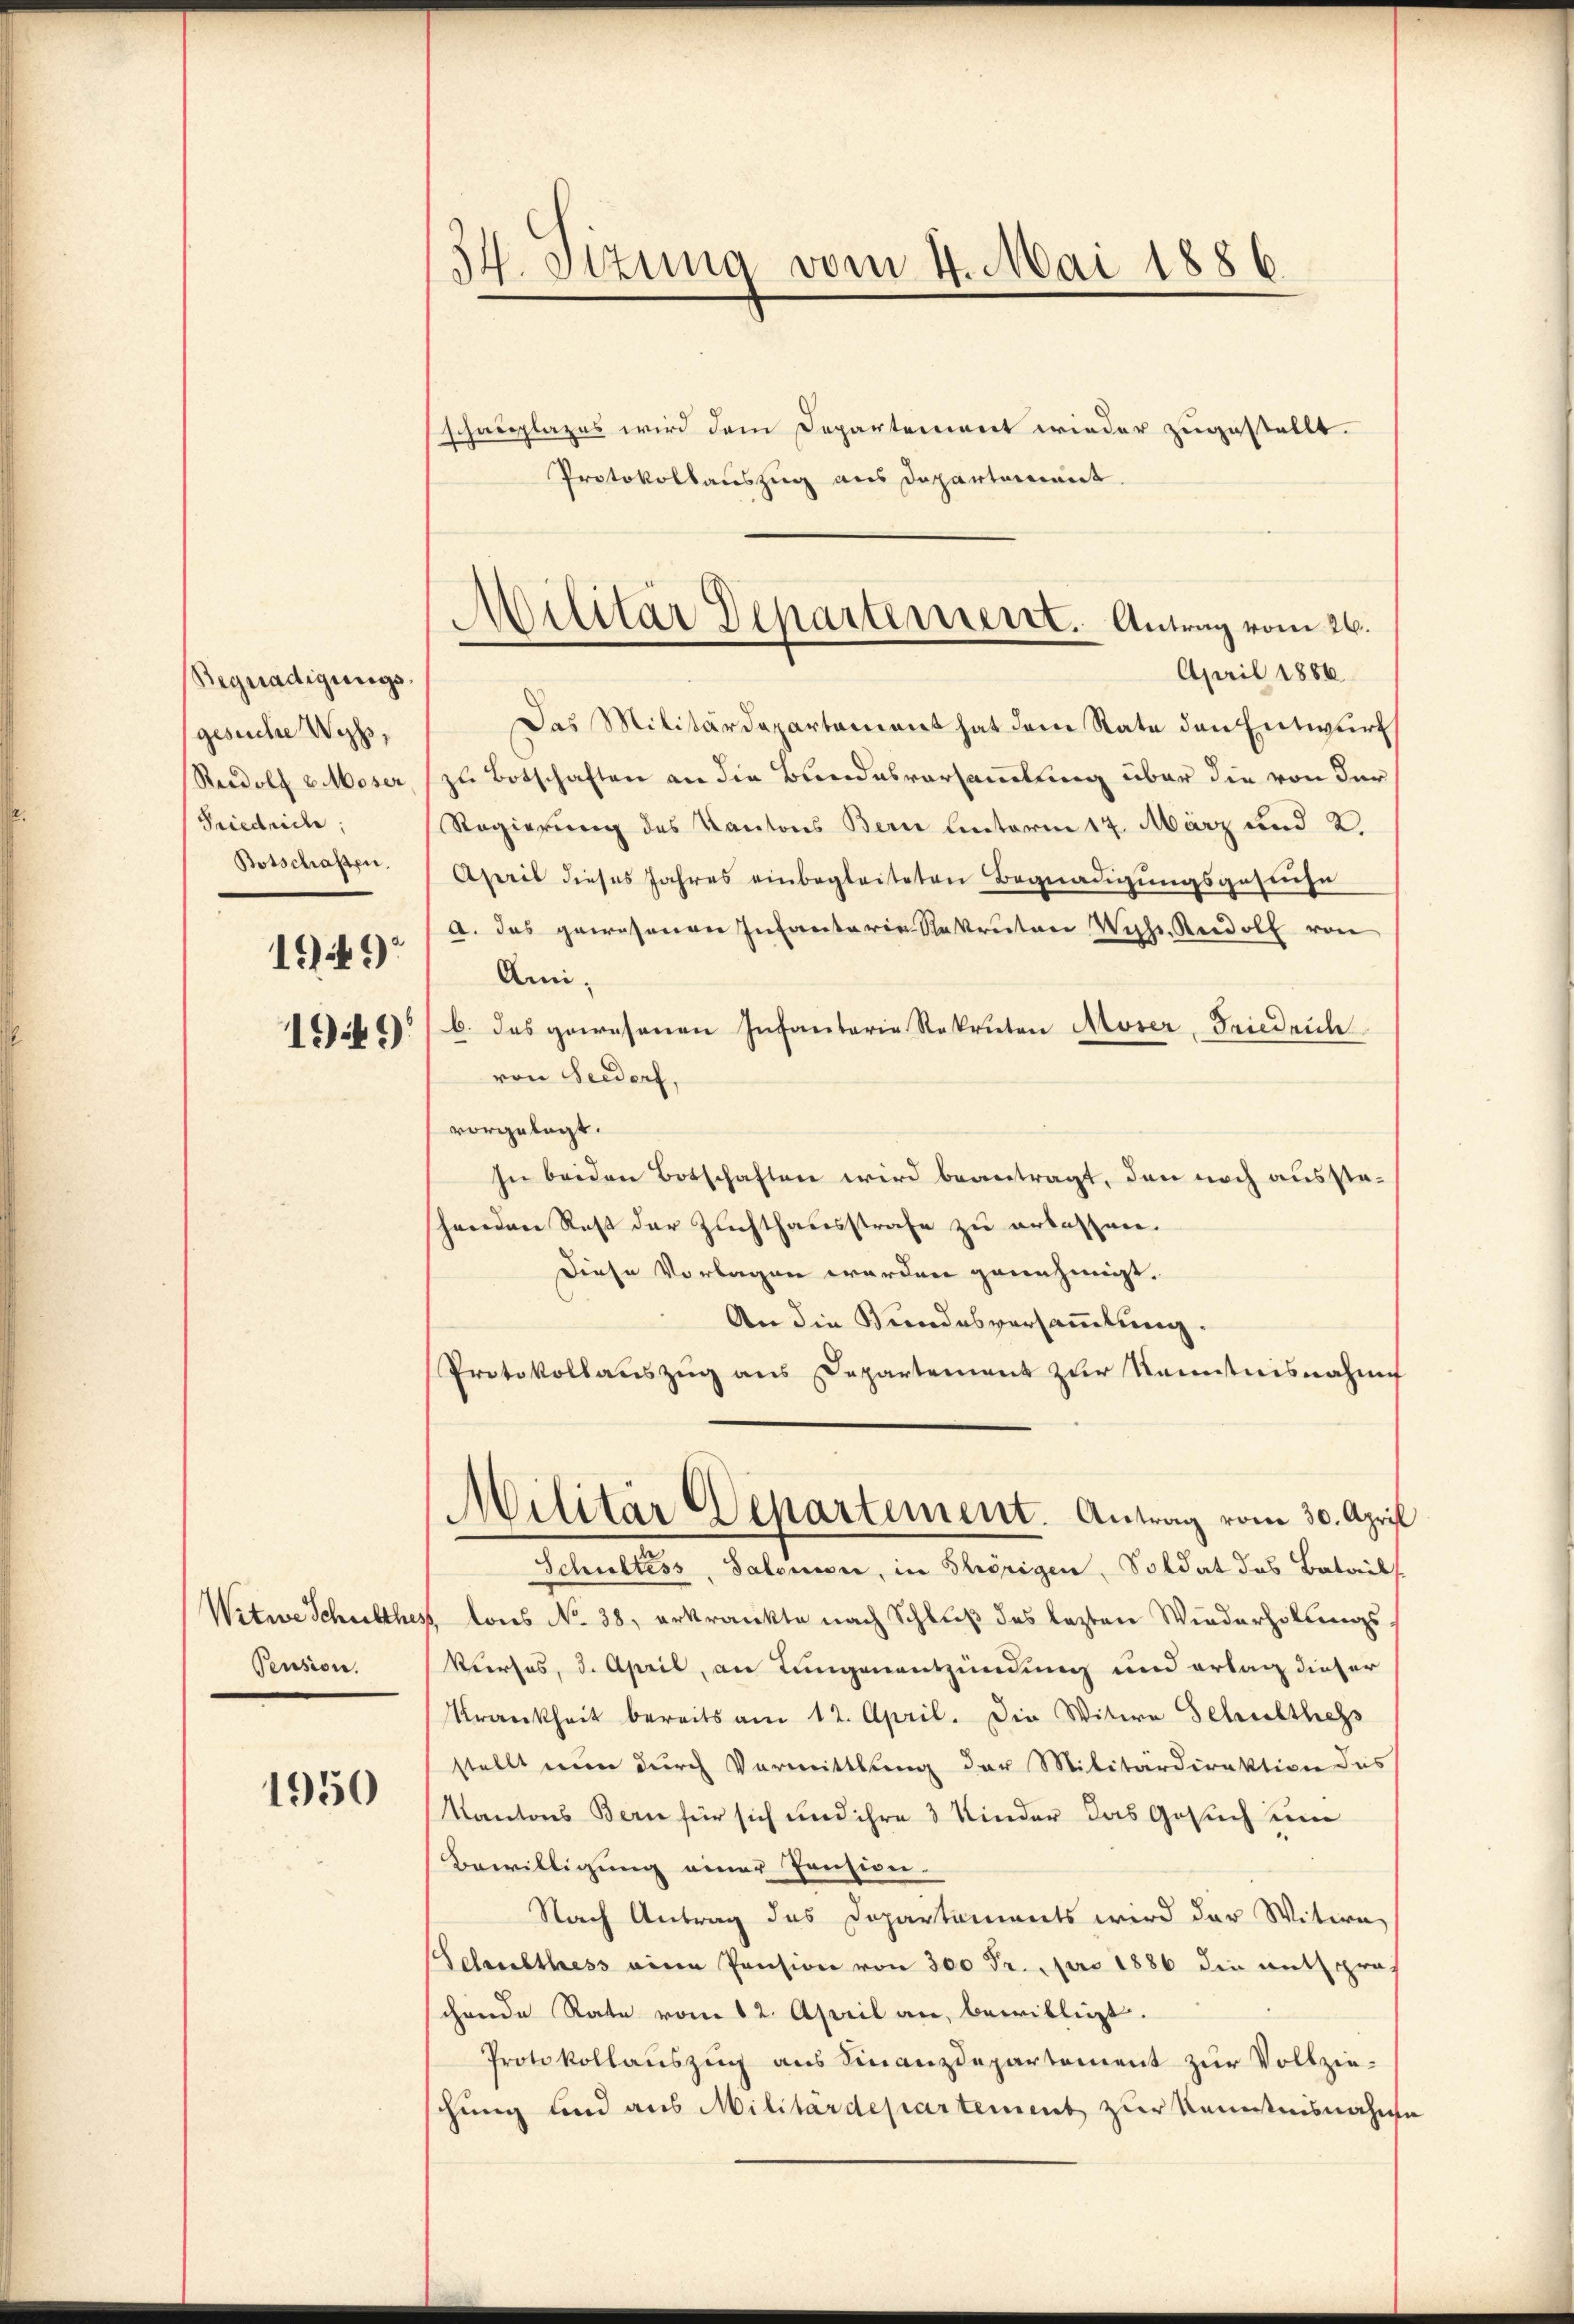
Begnadigungsgesuche Wyss,
Rudolf Moser
Friedrice,
Botschaften.
1949
1949

Witwe Schulther
Pension.

1950

54. Stzung vom 4. Mai 1886.

Militär Departement. Antrag vom 26.
April 1886

schauplazes wird dem Departement wieder zugestellt.
Protokollauszug aus Departement.
Das Militärdepartement hat dem Rate den Entwurf
zu Botschaften an die Bundesvorsammlung über die von der
Regierung des Kantons Bern unterm 17. März und 2.
April dieses Jahres einbegleiteten Begnadigungsgestehe
A. das gewesenen Infantaria Rekruten Wuhr. Rudolf von
Amib. das gewesenen Infantaria Rekruten Moser-Friedrich
von Seedorf,
vorgelegt.
In beiden Botschaften wird beantragt, den noch ausstehenden Rest der Zuchthausstrafe zu erlassen.
Diese Vorlagen werden genehmigt.
An die Bundesversammlung.
Protokollauszug aus Departement zur Kenntnisnahme
Militär Departement. Antrag vom 30. April
Schultéss, Salomon, in Thörigen, Soldat das Batails
1 tons No 38. erkränkte nach Schluß des lezten Wiederholungs
Vierses, 3. April, an Lungenentzündung und ertag dieser
Krankheit bereits am 12. April. Die Witwe Schulthes
stellt nun durch Vermittlung der Militärdirektion das
Kantons Bern für sich und ihre 3 Kinder das Gesuch um
Bewilligung einer Pension.
Nach Antrag des Departements wird der Witwe
Schulthess eine Pension von 300 Fr. pro 1886 die mittera
chende Rate vom 12. April an, bewilligt.
Protokollauszug aus Finanzdepartement zur Vollziechung und aus Militärdepartement zur Kenntnisnahme